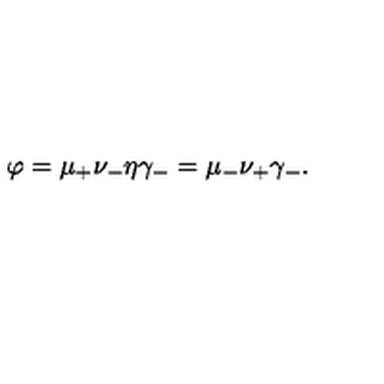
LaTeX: \varphi = \mu _ { + } \nu _ { - } \eta \gamma _ { - } = \mu _ { - } \nu _ { + } \gamma _ { - } .